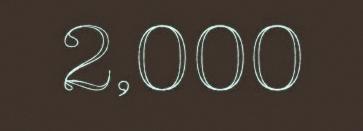
2,000